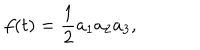
f ( t ) = { \frac { 1 } { 2 } } a _ { 1 } a _ { 2 } a _ { 3 } ,